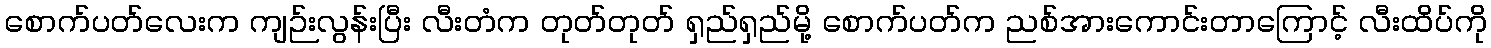
စောက်ပတ်လေးက ကျဉ်းလွန်းပြီး လီးတံက တုတ်တုတ် ရှည်ရှည်မို့ စောက်ပတ်က ညစ်အားကောင်းတာကြောင့် လီးထိပ်ကို